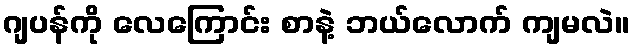
ဂျပန်ကို လေကြောင်း စာနဲ့ ဘယ်လောက် ကျမလဲ။